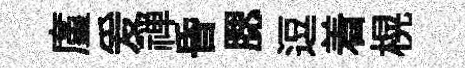
廑爰禅昏腮逗着榥